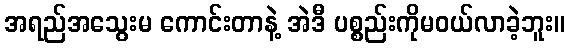
အရည်အသွေးမ ကောင်းတာနဲ့ အဲဒီ ပစ္စည်းကိုမဝယ်လာခဲ့ဘူး။